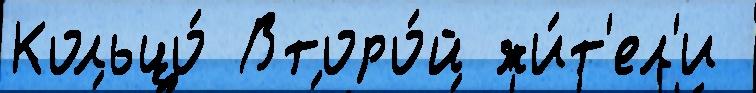
Кольцо́ Второ́й жи́т'ел'и